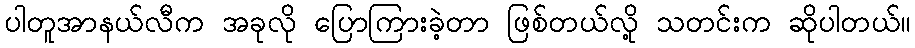
ပါတူအာနယ်လီက အခုလို ပြောကြားခဲ့တာ ဖြစ်တယ်လို့ သတင်းက ဆိုပါတယ်။